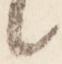
々